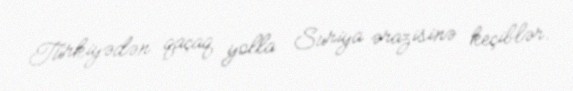
Türkiyədən qaçaq yolla Suriya ərazisinə keçiblər.